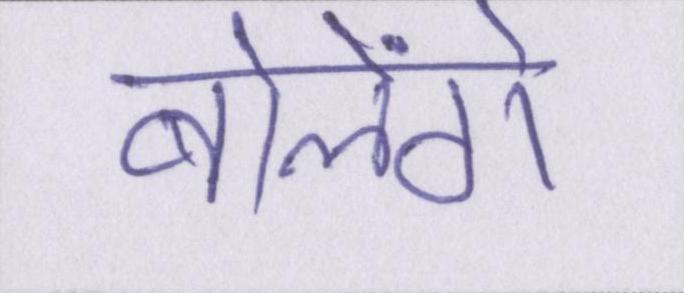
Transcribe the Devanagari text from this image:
बोलेंगे